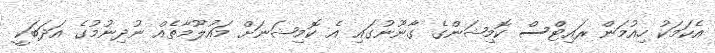
އެކަމަކު ހިއުމަން ރައިޓްސް ކޮމިޝަންގެ ގާނޫނުގައި އެ ކޮމިޝަނަށް މައުލޫމާތެއް ނުދިނުމުގެ އަދަބަކީ